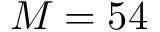
M = 5 4